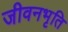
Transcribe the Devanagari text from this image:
जीवनभृति